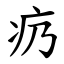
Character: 疓